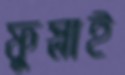
ফুস্‌লাই